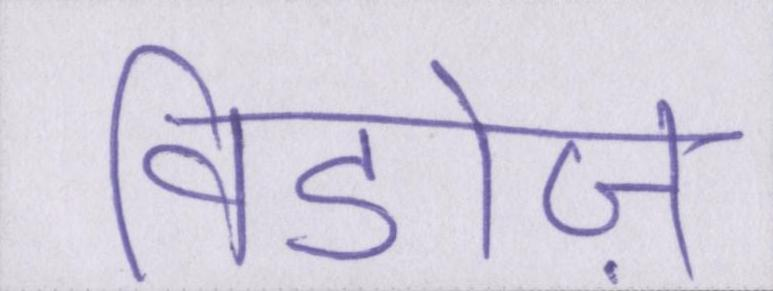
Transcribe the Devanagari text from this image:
विडोज़